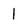
Character: 1